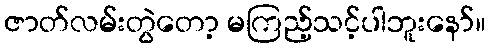
ဇာတ်လမ်းတွဲတော့ မကြည့်သင့်ပါဘူးနော်။